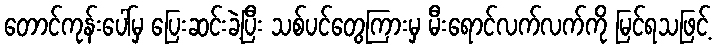
တောင်ကုန်းပေါ်မှ ပြေးဆင်းခဲ့ပြီး သစ်ပင်တွေကြားမှ မီးရောင်လက်လက်ကို မြင်ရသဖြင့်